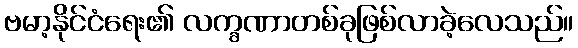
ဗမာ့နိုင်ငံရေး၏ လက္ခဏာတစ်ခုဖြစ်လာခဲ့လေသည်။